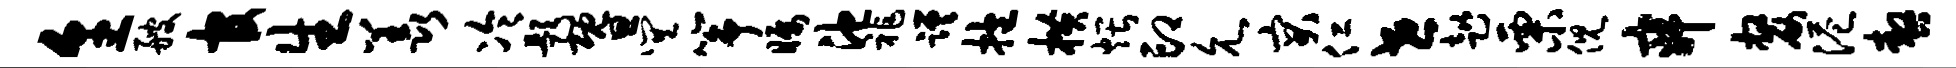
烹艘官生羡冷题暨巽筝瞩池祚蹉抱横煨印允突仁世趑栗倪寂嫠港嗷